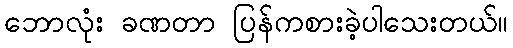
ဘောလုံး ခဏတာ ပြန်ကစားခဲ့ပါသေးတယ်။